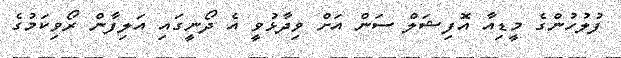
ފުލުހުންގެ މީޑިއާ އޮފިޝަލް ސަން އަށް ވިދާޅުވީ އެ ދޯނީގައި އަލިފާން ރޯވިކަމުގެ